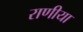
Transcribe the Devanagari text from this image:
राणीया